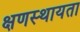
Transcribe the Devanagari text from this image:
क्षणस्थायता